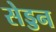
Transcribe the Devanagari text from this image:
सेड्डन